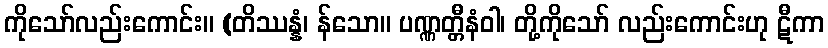
ကိုသော်လည်းကောင်း။ (တိဿန္နံ၊ န်သော။ ပဏ္ဏတ္တီနံဝါ၊ တို့ကိုသော် လည်းကောင်းဟု ဋီကာ